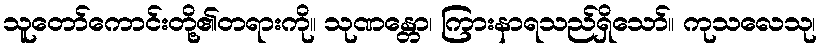
သူတော်ကောင်းတို့၏တရားကို။ သုဏန္တော၊ ကြားနာရသည်ရှိသော်။ ကုသလေသု၊